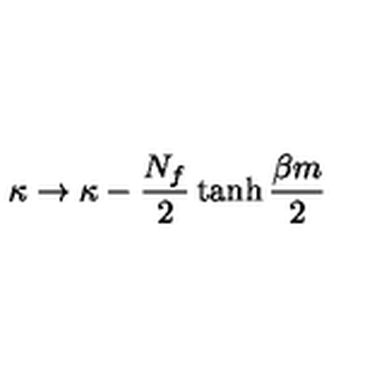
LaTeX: \kappa \rightarrow \kappa - { \frac { N _ { f } } { 2 } } \tanh { \frac { \beta m } { 2 } }